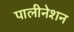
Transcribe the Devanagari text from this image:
पालीनेशन